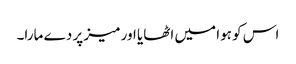
اس کو ہوا میں اٹھایا اور میز پر دے مارا۔